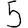
Digit: 5